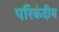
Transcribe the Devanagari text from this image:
परिकंदीय